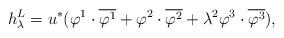
LaTeX: \begin{align*}h_\lambda^L=u^\ast(\varphi^1\cdot\overline{\varphi^1}+\varphi^2\cdot\overline{\varphi^2}+\lambda^2\varphi^3\cdot\overline{\varphi^3}),\end{align*}